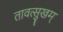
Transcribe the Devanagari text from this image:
तावत्सुखम्